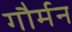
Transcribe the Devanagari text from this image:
गौर्मन